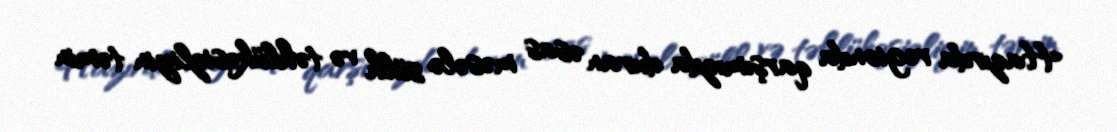
Hazırda regionda qarşımızda duran əsas məsələ sülh və təhlükəsizliyin təmin